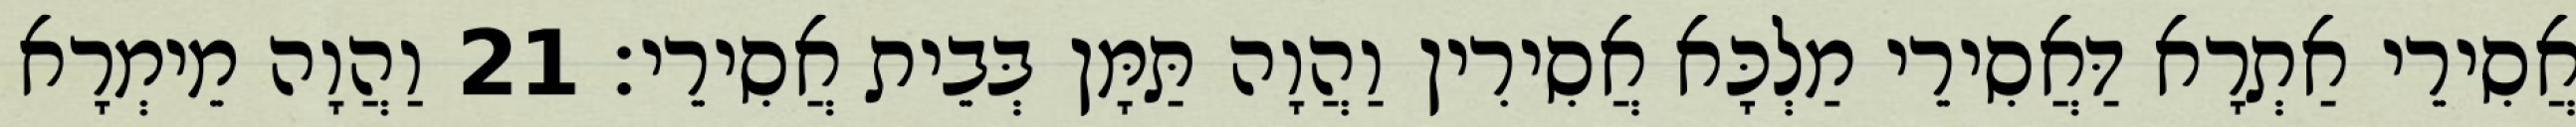
אֲסִירֵי אַתְרָא דַּאֲסִירֵי מַלְכָּא אֲסִירִין וַהֲוָה תַּמָּן בְּבֵית אֲסִירֵי׃ 21 וַהֲוָה מֵימְרָא